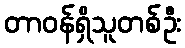
တာဝန်ရှိသူတစ်ဦး